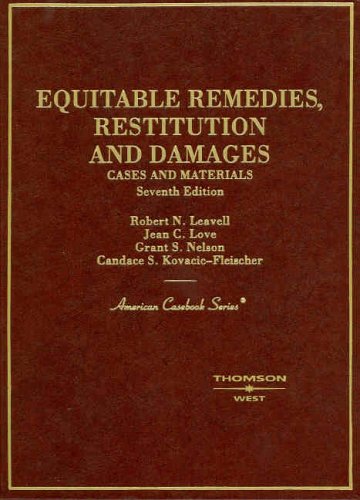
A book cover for Cases and Materials on Equitable Remedies, Restitution And Damages, 7th Edition (American Casebook Series); Robert N. Leavell; Law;